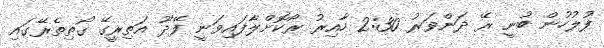
ފުލުހުން ބުނީ ރޭ ދަންވަރު 2:30 ހާއިރު ރޯކޮށްލާފައިވަނީ ފޭދޫ އަތިރީގޭ ގޯތިތެރޭގައި